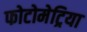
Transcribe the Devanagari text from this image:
फोटोमेट्रिया